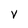
Character: V